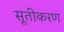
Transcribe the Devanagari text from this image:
सूतीकरण